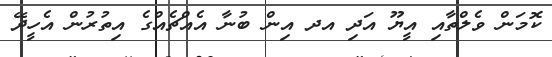
ކޮމަން ވެލްތާއި އީޔޫ އަދި އދ އިން ބުނާ އެއްޗެއްގެ އިތުރުން އެހީދޭ